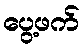
ပွေ့ဖက်